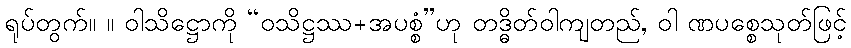
ရုပ်တွက်။ ။ ဝါသိဋ္ဌောကို “ဝသိဋ္ဌဿ+အပစ္စံ”ဟု တဒ္ဓိတ်ဝါကျတည်, ဝါ ဏပစ္စေသုတ်ဖြင့်